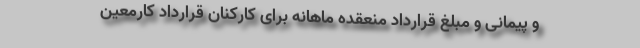
و پیمانی و مبلغ قرارداد منعقده ماهانه برای کارکنان قرارداد کارمعین